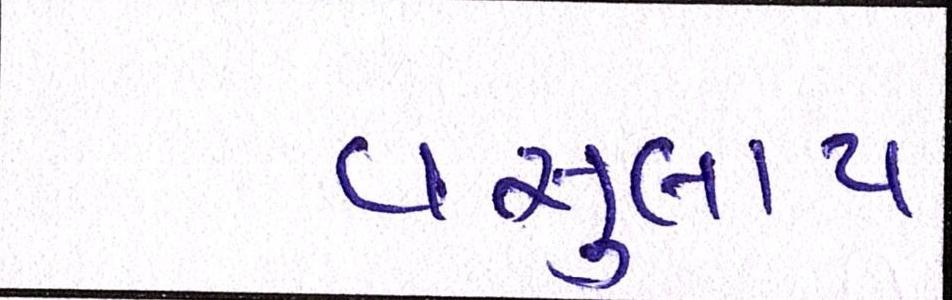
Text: વસુલાય